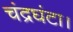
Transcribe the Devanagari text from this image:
चंद्रघंटा।